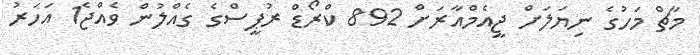
މާޗް މަހުގެ ނިޔަލަށް ޖީއެމްއާރަށް 892 ކްރޯޑް ރުޕީސްގެ ގެއްލުން ވެއްޖެ1 އަހަރު